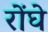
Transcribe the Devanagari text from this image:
रोंघे